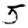
Digit: 5